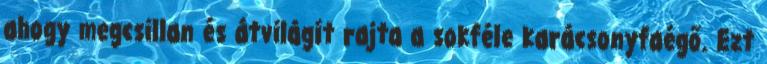
ahogy megcsillan és átvilágít rajta a sokféle karácsonyfaégő. Ezt